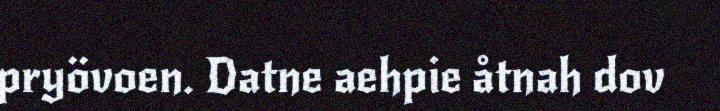
pryövoen. Datne aehpie åtnah dov